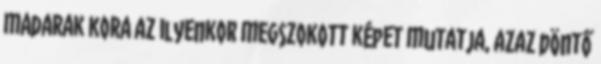
madarak kora az ilyenkor megszokott képet mutatja, azaz döntő